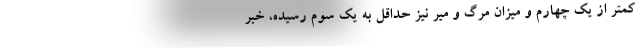
کمتر از یک چهارم و میزان مرگ و میر نیز حداقل به یک سوم رسیده، خبر